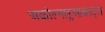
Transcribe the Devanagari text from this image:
अकोल्नाहुआकाट्ल